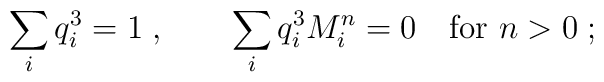
\sum_i q_i^3=1 \; , \quad\quad \sum_i q_i^3 M_i^n=0 \quad {\rm for}\ n>0 \; ;